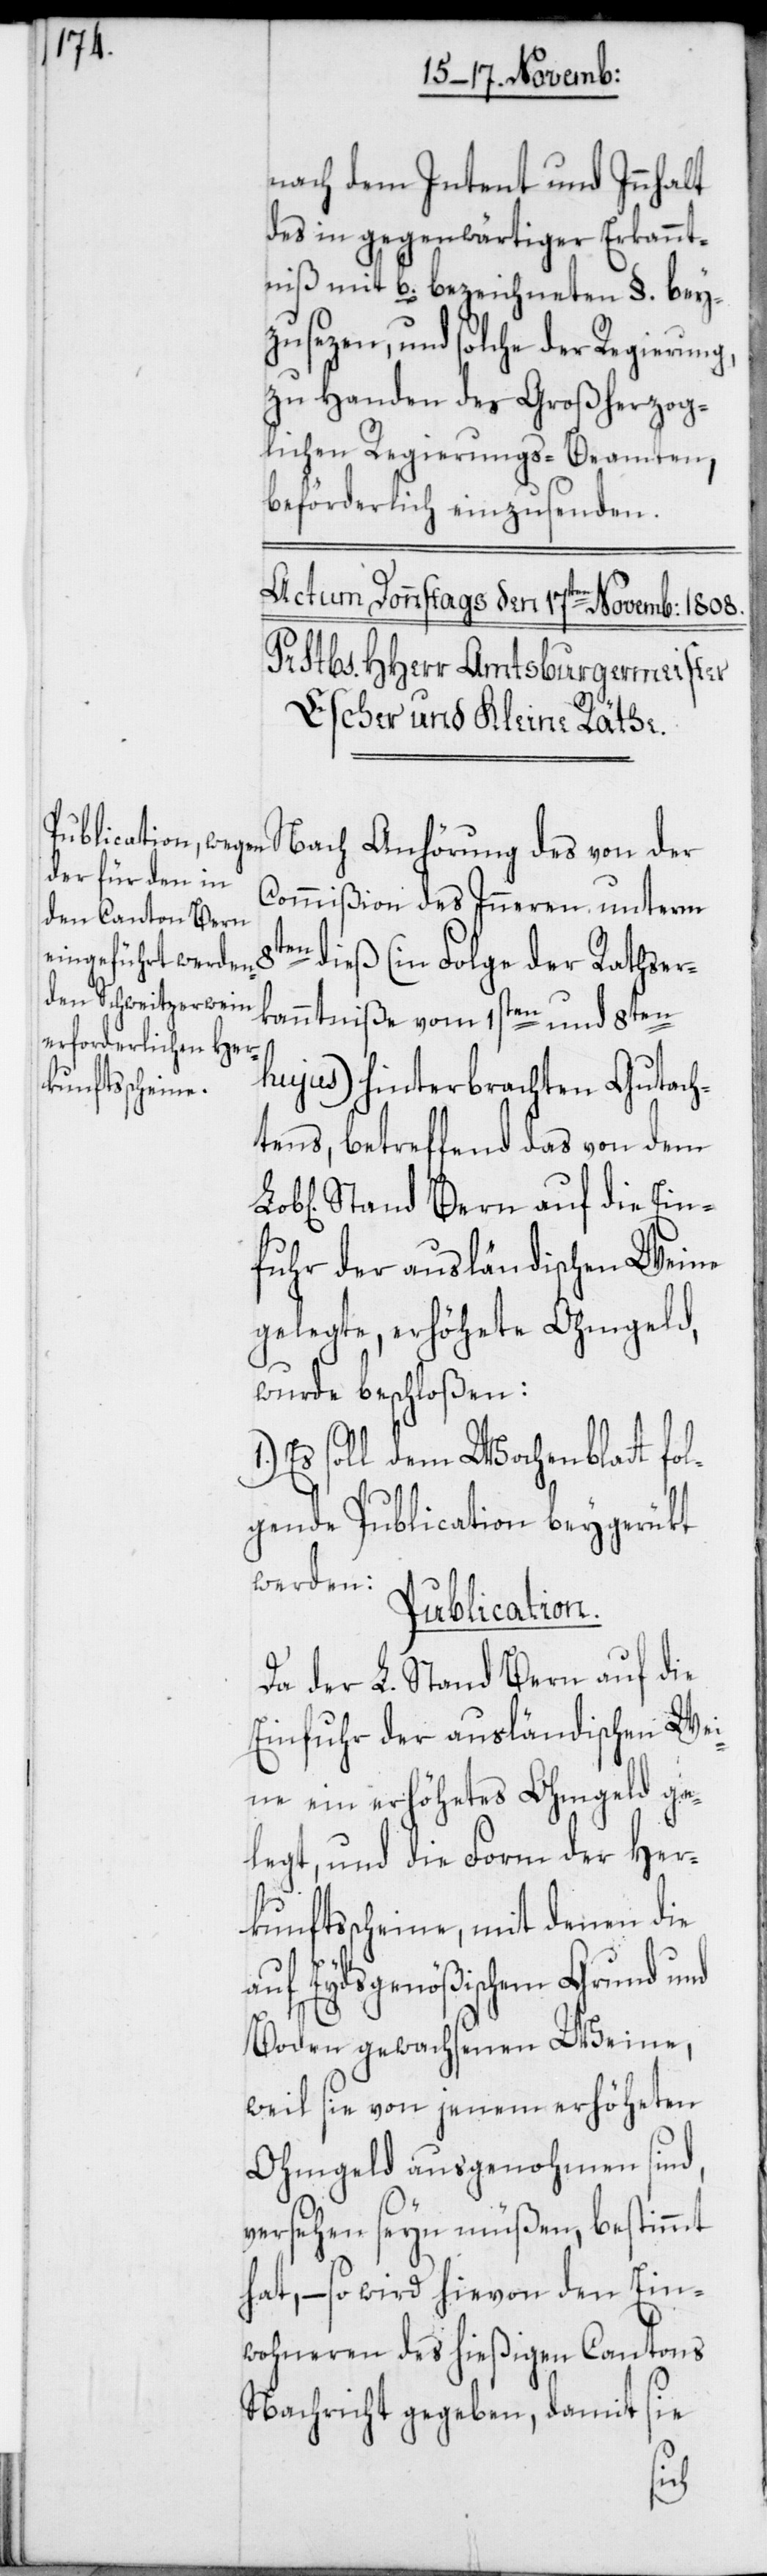
nach dem Intent und Innhalt
des in gegenwärtiger Erkannt¬
niß mit b. bezeichneten §. bey¬
zusezen, und solche der Regierung,
zu Handen des Großherzog¬
lichen Regierungs-Beamten,
beförderlich einzusenden.
Nach Anhörung des von der
Commißion des Inneren unterm
en dieß (in Folge der Rathser¬
kanntniße vom 1sten und 8ten
hujus) hinterbrachten Gutach¬
tens, betreffend das von dem
Stand Bern auf die Ein¬
fuhr der ausländischen Weine
gelegte, erhöhete Ohmgeld,
wurde beschloßen:
Es soll dem Wochenblatt fo¬
lgende Publication beygerükt
werden:
Publication.
Da der L. Stand Bern auf die
Einfuhr der ausländischen We¬
ine ein erhöhetes Ohmgeld ge¬
legt, und die Form der Her¬
kunftsscheine, mit denen die
auf Eydsgenößischem Grund und
Boden gewachsenen Weine,
weil sie von jenem erhöheten
Ohmgeld ausgenohmen sind,
versehen seyn müßen, bestimmt
hat, – so wird hievon den Ein¬
wohneren des hießigen Cantons
Nachricht gegeben, damit sie
8t¬